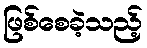
ဖြစ်စေခဲ့သည့်